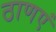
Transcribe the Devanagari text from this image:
ठाणएं